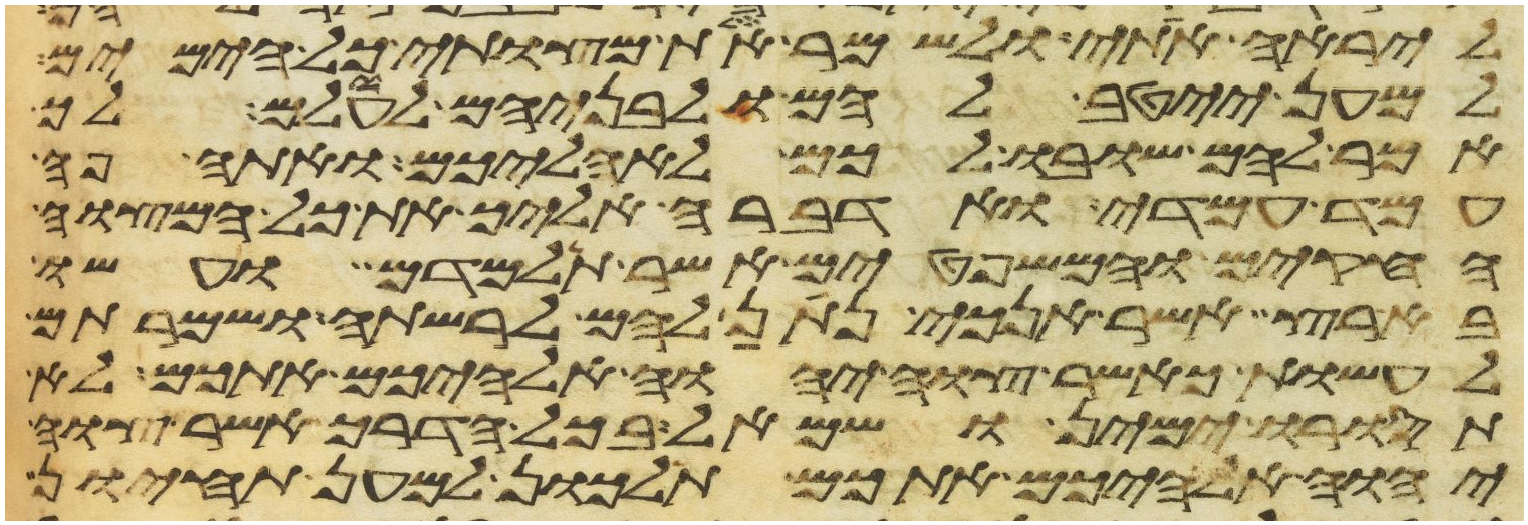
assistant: ליראה אתי ולשמר את מצותי כל הימים
למען ייטב להם ולבניהם לעולם לך
אמר להם שובו לכם לאהליכם ואתה פה
עמד עמדי ואדברה אליך את כל המצוה
החקים והמשפטים אשר תלמדם ועשו
בארץ אשר אנכי נתן להם לרשתה ושמרתם
לעשות כאשר צוה יהוה אלהיכם אתכם לא
תסורו ימין ושמאל בכל הדרך אשר צוה
יהוה אלהיכם אתכם תלכון למען תחיון